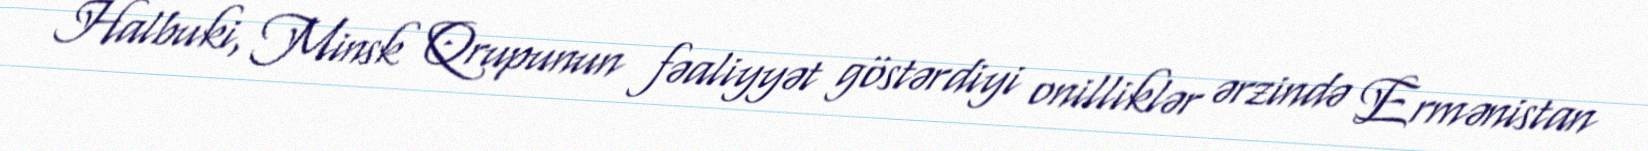
Halbuki, Minsk Qrupunun fəaliyyət göstərdiyi onilliklər ərzində Ermənistan